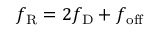
f _ { \mathrm { R } } = 2 f _ { \mathrm { D } } + f _ { \mathrm { o f f } }